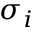
\sigma _ { i }